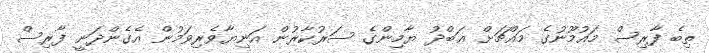
ތިބެ ފާރިސް މައުމޫނުގެ މައްޗަށް ޢަބްދު ޔާމިންގެ ސަރުކާރުން އަނިޔާވެރިވަމުން އެގެންދަނީ ފާރިސް